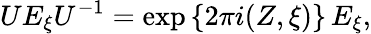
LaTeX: UE_{\xi}U^{-1}=\exp\left\{ 2\pi i(Z,\xi)\right\} \, E_{\xi},